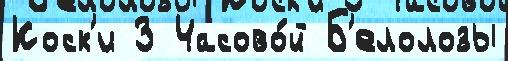
Коск'и З Часово́й Б'елолозы